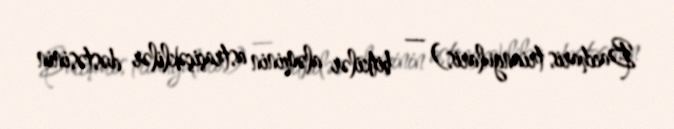
Baccharis triangularis) — bitkilər aləminin astraçiçəklilər dəstəsinin